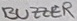
Text: BUZZER